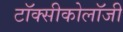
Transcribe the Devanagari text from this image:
टॉक्सीकोलॉजी